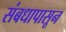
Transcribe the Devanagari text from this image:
संबधापासून